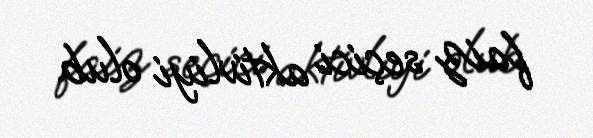
faiz seçici aktivliyi olub.